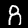
Digit: 8